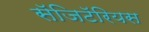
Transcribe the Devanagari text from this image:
सॅजिटॅरियस